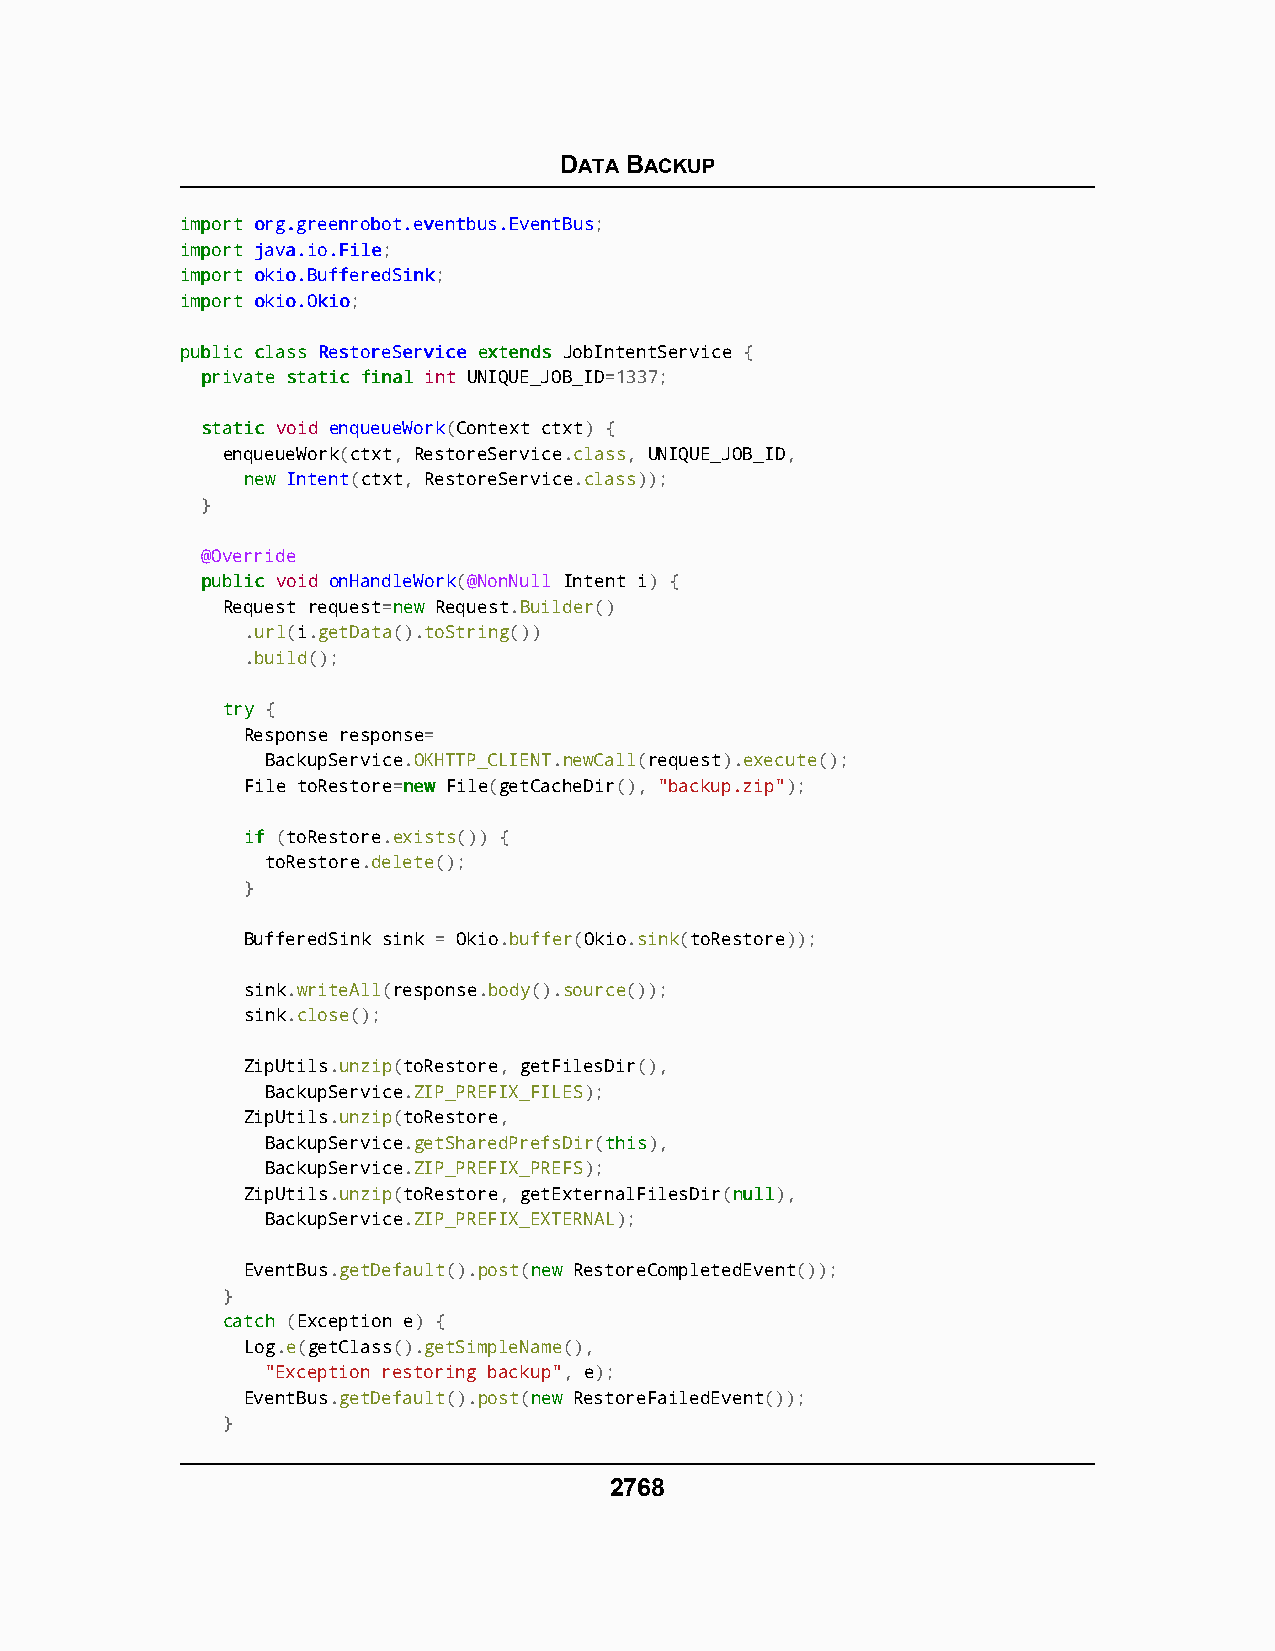
DATA BACKUP
 iimmppoorrtt oorrgg..ggrreeeennrroobboott..eevveennttbbuuss..EEvveennttBBuuss;
 iimmppoorrtt jjaavvaa..iioo..FFiillee;
 iimmppoorrtt ookkiioo..BBuuffffeerreeddSSiinnkk;
 iimmppoorrtt ookkiioo..OOkkiioo;
 ppuubblliicc ccllaassss RReessttoorreeSSeerrvviiccee eexxtteennddss JobIntentService {
 pprriivvaattee ssttaattiicc ffiinnaall int UNIQUE_JOB_ID=1337;
 ssttaattiicc void enqueueWork(Context ctxt) {
 enqueueWork(ctxt, RestoreService.class, UNIQUE_JOB_ID,
 nneeww Intent(ctxt, RestoreService.class));
 }
 @Override
 ppuubblliicc void onHandleWork(@NonNull Intent i) {
 Request request=nneeww Request.Builder()
 .url(i.getData().toString())
 .build();
 ttrryy {
 Response response=
 BackupService.OKHTTP_CLIENT.newCall(request).execute();
 File toRestore=nneeww File(getCacheDir(), "backup.zip");
 iiff (toRestore.exists()) {
 toRestore.delete();
 }
 BufferedSink sink = Okio.buffer(Okio.sink(toRestore));
 sink.writeAll(response.body().source());
 sink.close();
 ZipUtils.unzip(toRestore, getFilesDir(),
 BackupService.ZIP_PREFIX_FILES);
 ZipUtils.unzip(toRestore,
 BackupService.getSharedPrefsDir(tthhiiss),
 BackupService.ZIP_PREFIX_PREFS);
 ZipUtils.unzip(toRestore, getExternalFilesDir(nnuullll),
 BackupService.ZIP_PREFIX_EXTERNAL);
 EventBus.getDefault().post(nneeww RestoreCompletedEvent());
 }
 ccaattcchh (Exception e) {
 Log.e(getClass().getSimpleName(),
 "Exception restoring backup", e);
 EventBus.getDefault().post(nneeww RestoreFailedEvent());
 }
 2768